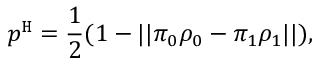
p ^ { \mathtt { H } } = \frac { 1 } { 2 } ( 1 - | | \pi _ { 0 } \rho _ { 0 } - \pi _ { 1 } \rho _ { 1 } | | ) ,